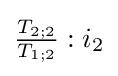
{\tfrac {T_{2;2}}{T_{1;2}}}:{i_{2}}